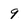
Character: 9